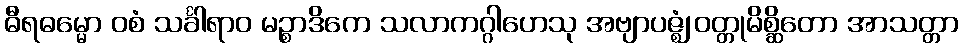
ဓီရဓမ္မော ဝစံ သင်္ခါရာဝ မဉ္စာဒိကေ သလာကဂ္ဂါဟေသု အဗျာပဇ္ဈံ ဝတ္တုမိစ္ဆိတော အာသတ္တာ